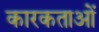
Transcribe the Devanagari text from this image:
कारकताओं